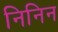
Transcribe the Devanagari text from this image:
निनिन